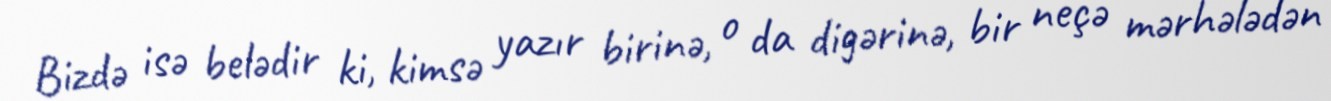
Bizdə isə belədir ki, kimsə yazır birinə, o da digərinə, bir neçə mərhələdən